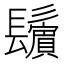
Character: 𩯫